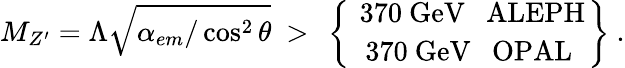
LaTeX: M_{Z^{\prime}}=\Lambda\sqrt{\alpha_{em}/\cos^{2}\theta}\ >\ \left\{ \ {370\ \mathrm{GeV}\ \ \ \mathrm{ALEPH}}\atop{370\ \mathrm{GeV}\ \ \ \mathrm{OPAL}}\right\} \ .